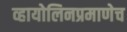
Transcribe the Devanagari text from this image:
व्हायोलिनप्रमाणेच